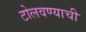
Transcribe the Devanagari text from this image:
टोलवण्याची